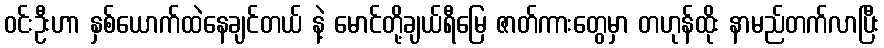
ဝင်းဦးဟာ နှစ်ယောက်ထဲနေချင်တယ် နဲ့ မောင်တို့ချယ်ရီမြေ ဇာတ်ကားတွေမှာ တဟုန်ထိုး နာမည်တက်လာပြီး